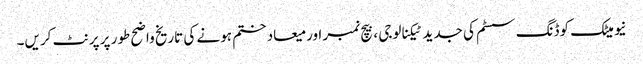
نیومیٹک کوڈنگ سسٹم کی جدید ٹیکنالوجی ، بیچ نمبر اور میعاد ختم ہونے کی تاریخ واضح طور پر پرنٹ کریں۔